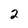
Character: 2